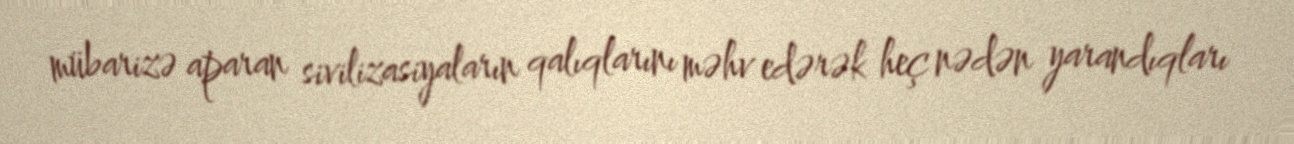
mübarizə aparan sivilizasiyaların qalıqlarını məhv edərək heç nədən yarandıqları